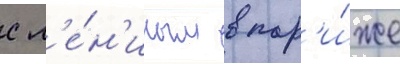
с л'е́н'иным в пар'и́же